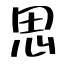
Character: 思